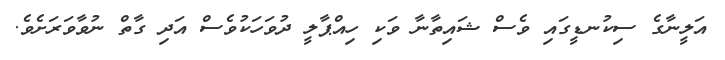
އަލީނާގެ ސިކުނޑީގައި ވެސް ޝައިތާނާ ވަކި ހިއްޕާލީ ދުވަހަކުވެސް އަދި ގާތް ނުވާވަރަށެވެ.